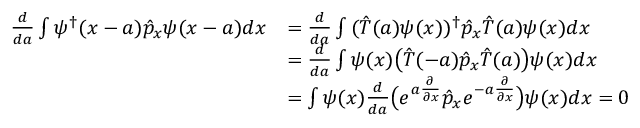
\begin{array} { r l } { { \frac { d } { d a } } \int { \psi ^ { \dagger } ( x - a ) \hat { p } _ { x } \psi ( x - a ) d x } } & { = { \frac { d } { d a } } \int { ( \hat { T } ( a ) \psi ( x ) ) ^ { \dagger } \hat { p } _ { x } \hat { T } ( a ) \psi ( x ) d x } } \\ & { = { \frac { d } { d a } } \int { \psi ( x ) \big ( \hat { T } ( - a ) \hat { p } _ { x } \hat { T } ( a ) \big ) \psi ( x ) d x } } \\ & { = \int { \psi ( x ) { \frac { d } { d a } } \big ( e ^ { a { \frac { \partial } { \partial x } } } \hat { p } _ { x } e ^ { - a { \frac { \partial } { \partial x } } } \big ) \psi ( x ) d x } = 0 } \end{array}